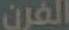
الفرن